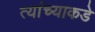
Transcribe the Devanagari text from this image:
त्यांंच्याकडे